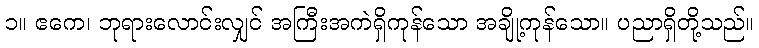
၁။ ဧကေ၊ ဘုရားလောင်းလျှင် အကြီးအကဲရှိကုန်သော အချို့ကုန်သော။ ပညာရှိတို့သည်။